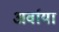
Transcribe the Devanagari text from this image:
अर्वाया